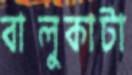
বালুকাটা